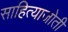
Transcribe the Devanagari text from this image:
साहित्याजोती